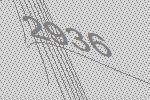
2936